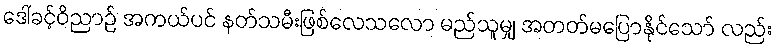
ဒေါ်ခင့်ဝိညာဉ် အကယ်ပင် နတ်သမီးဖြစ်လေသလော မည်သူမျှ အတတ်မပြောနိုင်သော် လည်း